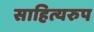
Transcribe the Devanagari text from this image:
साहित्यरुप